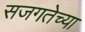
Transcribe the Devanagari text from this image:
सजगतेच्या